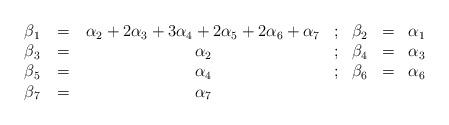
LaTeX: \begin{align*}\begin{array}{ccccccc}\beta _1\,&=&\,\alpha _2+2\alpha _3+3\alpha _4+2\alpha _5+2 \alpha _6+\alpha _7&;&\beta _2 &=& \alpha_1 \cr\beta _3\,&=&\,\alpha _2 & ; & \beta _4 & =& \alpha _3 \cr\beta _5\,&=&\,\alpha _4 &; & \beta _6 & =& \alpha _6 \cr\beta _7\,&=&\,\alpha_7 & \null & \null & \null & \null \cr\end{array}\end{align*}